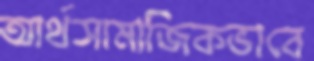
আর্থসামাজিকভাবে